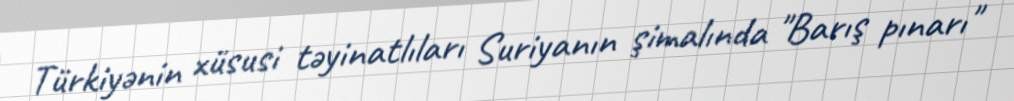
Türkiyənin xüsusi təyinatlıları Suriyanın şimalında "Barış pınarı"